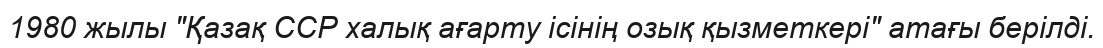
1980 жылы "Қазақ ССР халық ағарту ісінің озық қызметкері" атағы берілді.